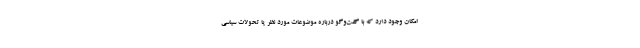
امکان وجود دارد که با گفت‌وگو درباره موضوعات مورد نظر یا تحولات سیاسی